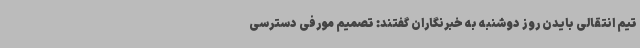
تیم انتقالی بایدن روز دوشنبه به خبرنگاران گفتند: تصمیم مورفی دسترسی